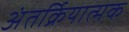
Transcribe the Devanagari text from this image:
अंतर्क्रियात्मक